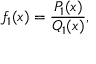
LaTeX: f _ { 1 } ( x ) = { \frac { P _ { 1 } ( x ) } { Q _ { 1 } ( x ) } } ,